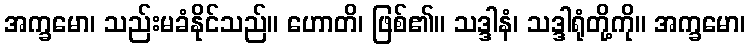
အက္ခမော၊ သည်းမခံနိုင်သည်။ ဟောတိ၊ ဖြစ်၏။ သဒ္ဒါနံ၊ သဒ္ဒါရုံတို့ကို။ အက္ခမော၊